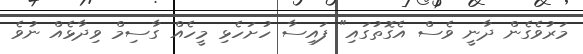
މަރުވެގެން ދާނީ ވެސް އެގޮތުގައި" ފައިސާ ހުށަހެޅި މީހެއް ގާސިމް ވިދާޅެއް ނުވެ